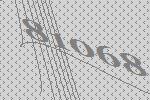
81068